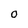
Character: O